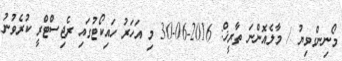
މޯނިންގވިޔު / މާލެއޮންނަ ތާރީޚް: 2016-06-30 މި އަހަރު ހައިކޯޓުގައި ރެޖިސްޓްރީ ކުރެވުނު